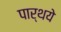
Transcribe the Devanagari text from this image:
पार्थये